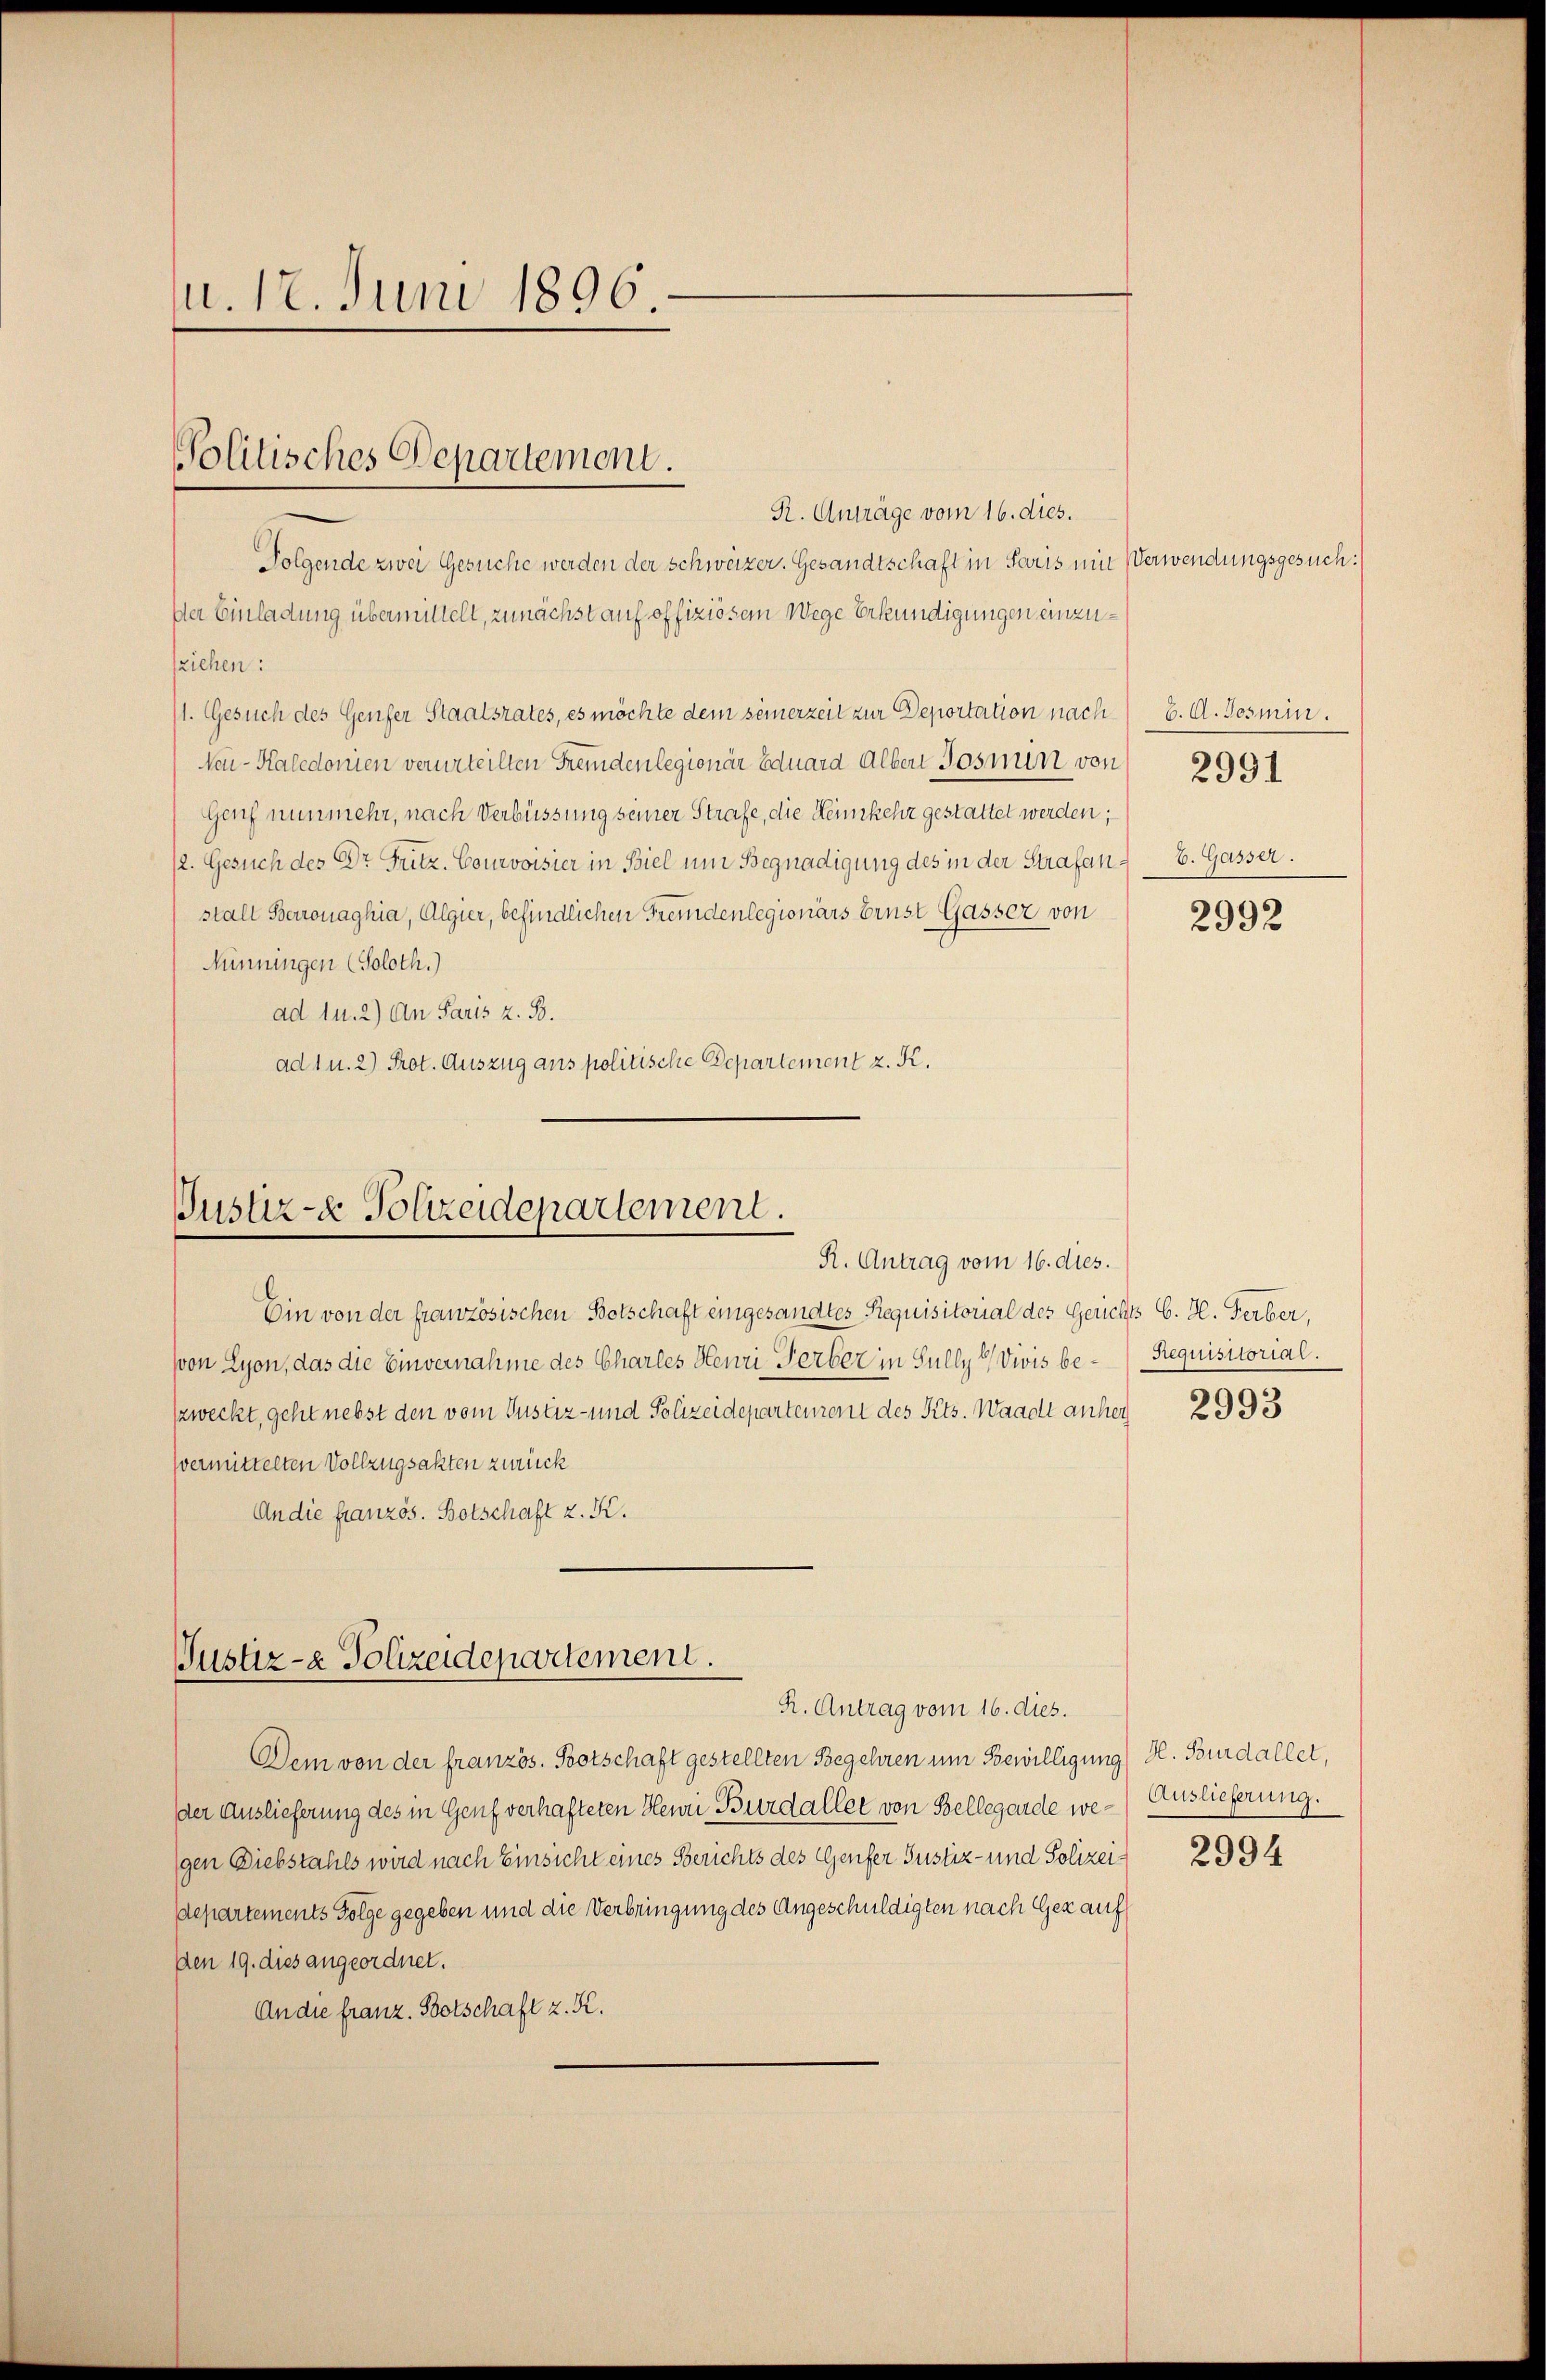
m. 12. Juni 1896.

R. Anträge vom 16. dies.
Folgende zwei Gesuche werden der Schweizer. Gesandtschaft in Paris mit Verwendungsgesuch:
Der Einladung übermittelt, zunächst auf offiziösem Wege Erkundigungen einzusziehen:
11. Gesuch des Genfer Staatsrates, es möchte dem seinerzeit zur Deportation nach
Neu - Kaledomen verurteilten Fremdenlegionär Eduara Albert Jos nun von
Genf nunmehr, nach Verbüssung seiner Strafe, die Heimkehr gestattet werden;
12. Gesuch des Dr Fritz. Courvoisier in Biel um Begnadigung des in der Strafan
stalt Berronaghia, Algier, befindlichen Freundenlegionärs Ernst Gasser von
Nünningen (Soloth.)
ad u. 2) An Paris z. B.
ad 1 u. 2) Prot. Auszug aus politische Departement z. K.

Politisches Departement.

Justiz- & Polizeidepartement.
R. Antrag vom 16. dies.

Ein von der französischen Botschaft eingesandtes Requisitorial des Gerichts C. H. Ferber,
von Lyon, das die Einvernahme des Charles Henri Ferber in Sully / Divis beszweckt, geht nebst den vom Justiz- und Polizeidepartement des Kts. Waadt anher
svermittelten Vollzugsakten zurück
An die französ. Botschaft z. K.

Justiz- & Polizeidepartement.
R. Antrag vom 16. dies.

Dem von der französ. Botschaft gestellten Begehren um Bewilligung) H. Bourdallet,
der Auslieferung des in Genf verhafteten Heuri Burd aller von Bellegarde wegen Diebstahls wird nach Einsicht eines Berichts des Genfer Justiz- und Polizeidepartements Folge gegeben und die Verbringung des Angeschuldigten nach Genauf
Den 19. dies angeordnet.
An die franz. Botschaft z. K.

b. A. Josmin.
b. Gasser.

2991

2992

Requisitorial.

2993

Auslieferung.

2994